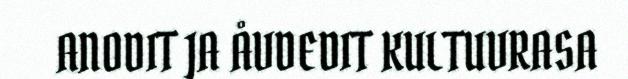
ANODIT JA ÅVDEDIT KULTUVRASA